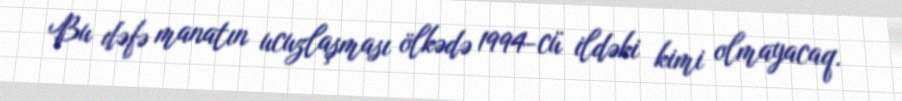
Bu dəfə manatın ucuzlaşması ölkədə 1994-cü ildəki kimi olmayacaq.